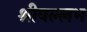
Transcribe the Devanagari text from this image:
श्रीवल्‍लभ